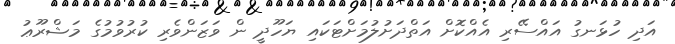
އަދި ހުޅަނގު އައްސޭރި އެއްކޮށް އަތްދަށުލުމަށްޓަކައި ޔަހޫދީ ން ވަޒަންވެރި ކުރުވުމުގެ މަޝްރޫޢު